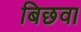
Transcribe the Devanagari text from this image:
बिछवा